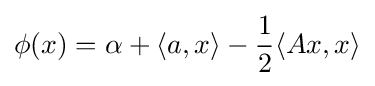
\phi (x)=\alpha +\langle a,x\rangle -{\frac {1}{2}}\langle Ax,x\rangle